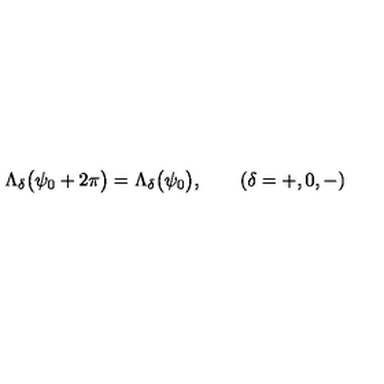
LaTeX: \Lambda _ { \delta } \bigl ( \psi _ { 0 } + 2 \pi \bigr ) = \Lambda _ { \delta } \bigl ( \psi _ { 0 } \bigr ) , \qquad ( \delta = + , 0 , - )